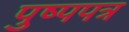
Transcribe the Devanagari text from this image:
पुष्पपत्र